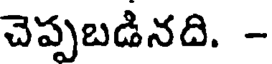
చెప్పబడినది. -